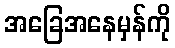
အခြေအနေမှန်ကို